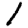
Digit: 1